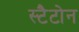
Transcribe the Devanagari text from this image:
स्टैटोन